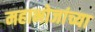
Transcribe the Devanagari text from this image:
महाभोजांच्या